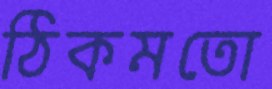
ঠিকমতো